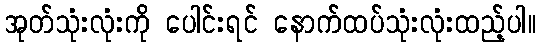
အုတ်သုံးလုံးကို ပေါင်းရင် နောက်ထပ်သုံးလုံးထည့်ပါ။